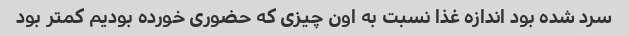
سرد شده بود اندازه غذا نسبت به اون چیزی که حضوری خورده بودیم کمتر بود